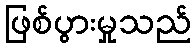
ဖြစ်ပွားမှုသည်